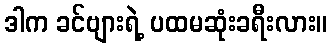
ဒါက ခင်ဗျားရဲ့ ပထမဆုံးခရီးလား။